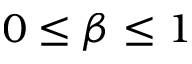
0 \leq \beta \leq 1